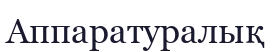
Аппаратуралық